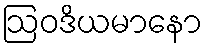
ဩဝဒိယမာနော